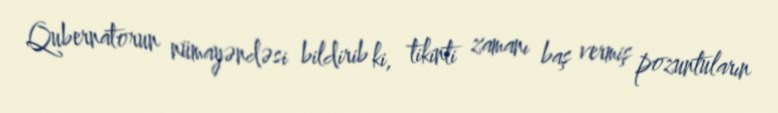
Qubernatorun nümayəndəsi bildirib ki, tikinti zamanı baş vermiş pozuntuların